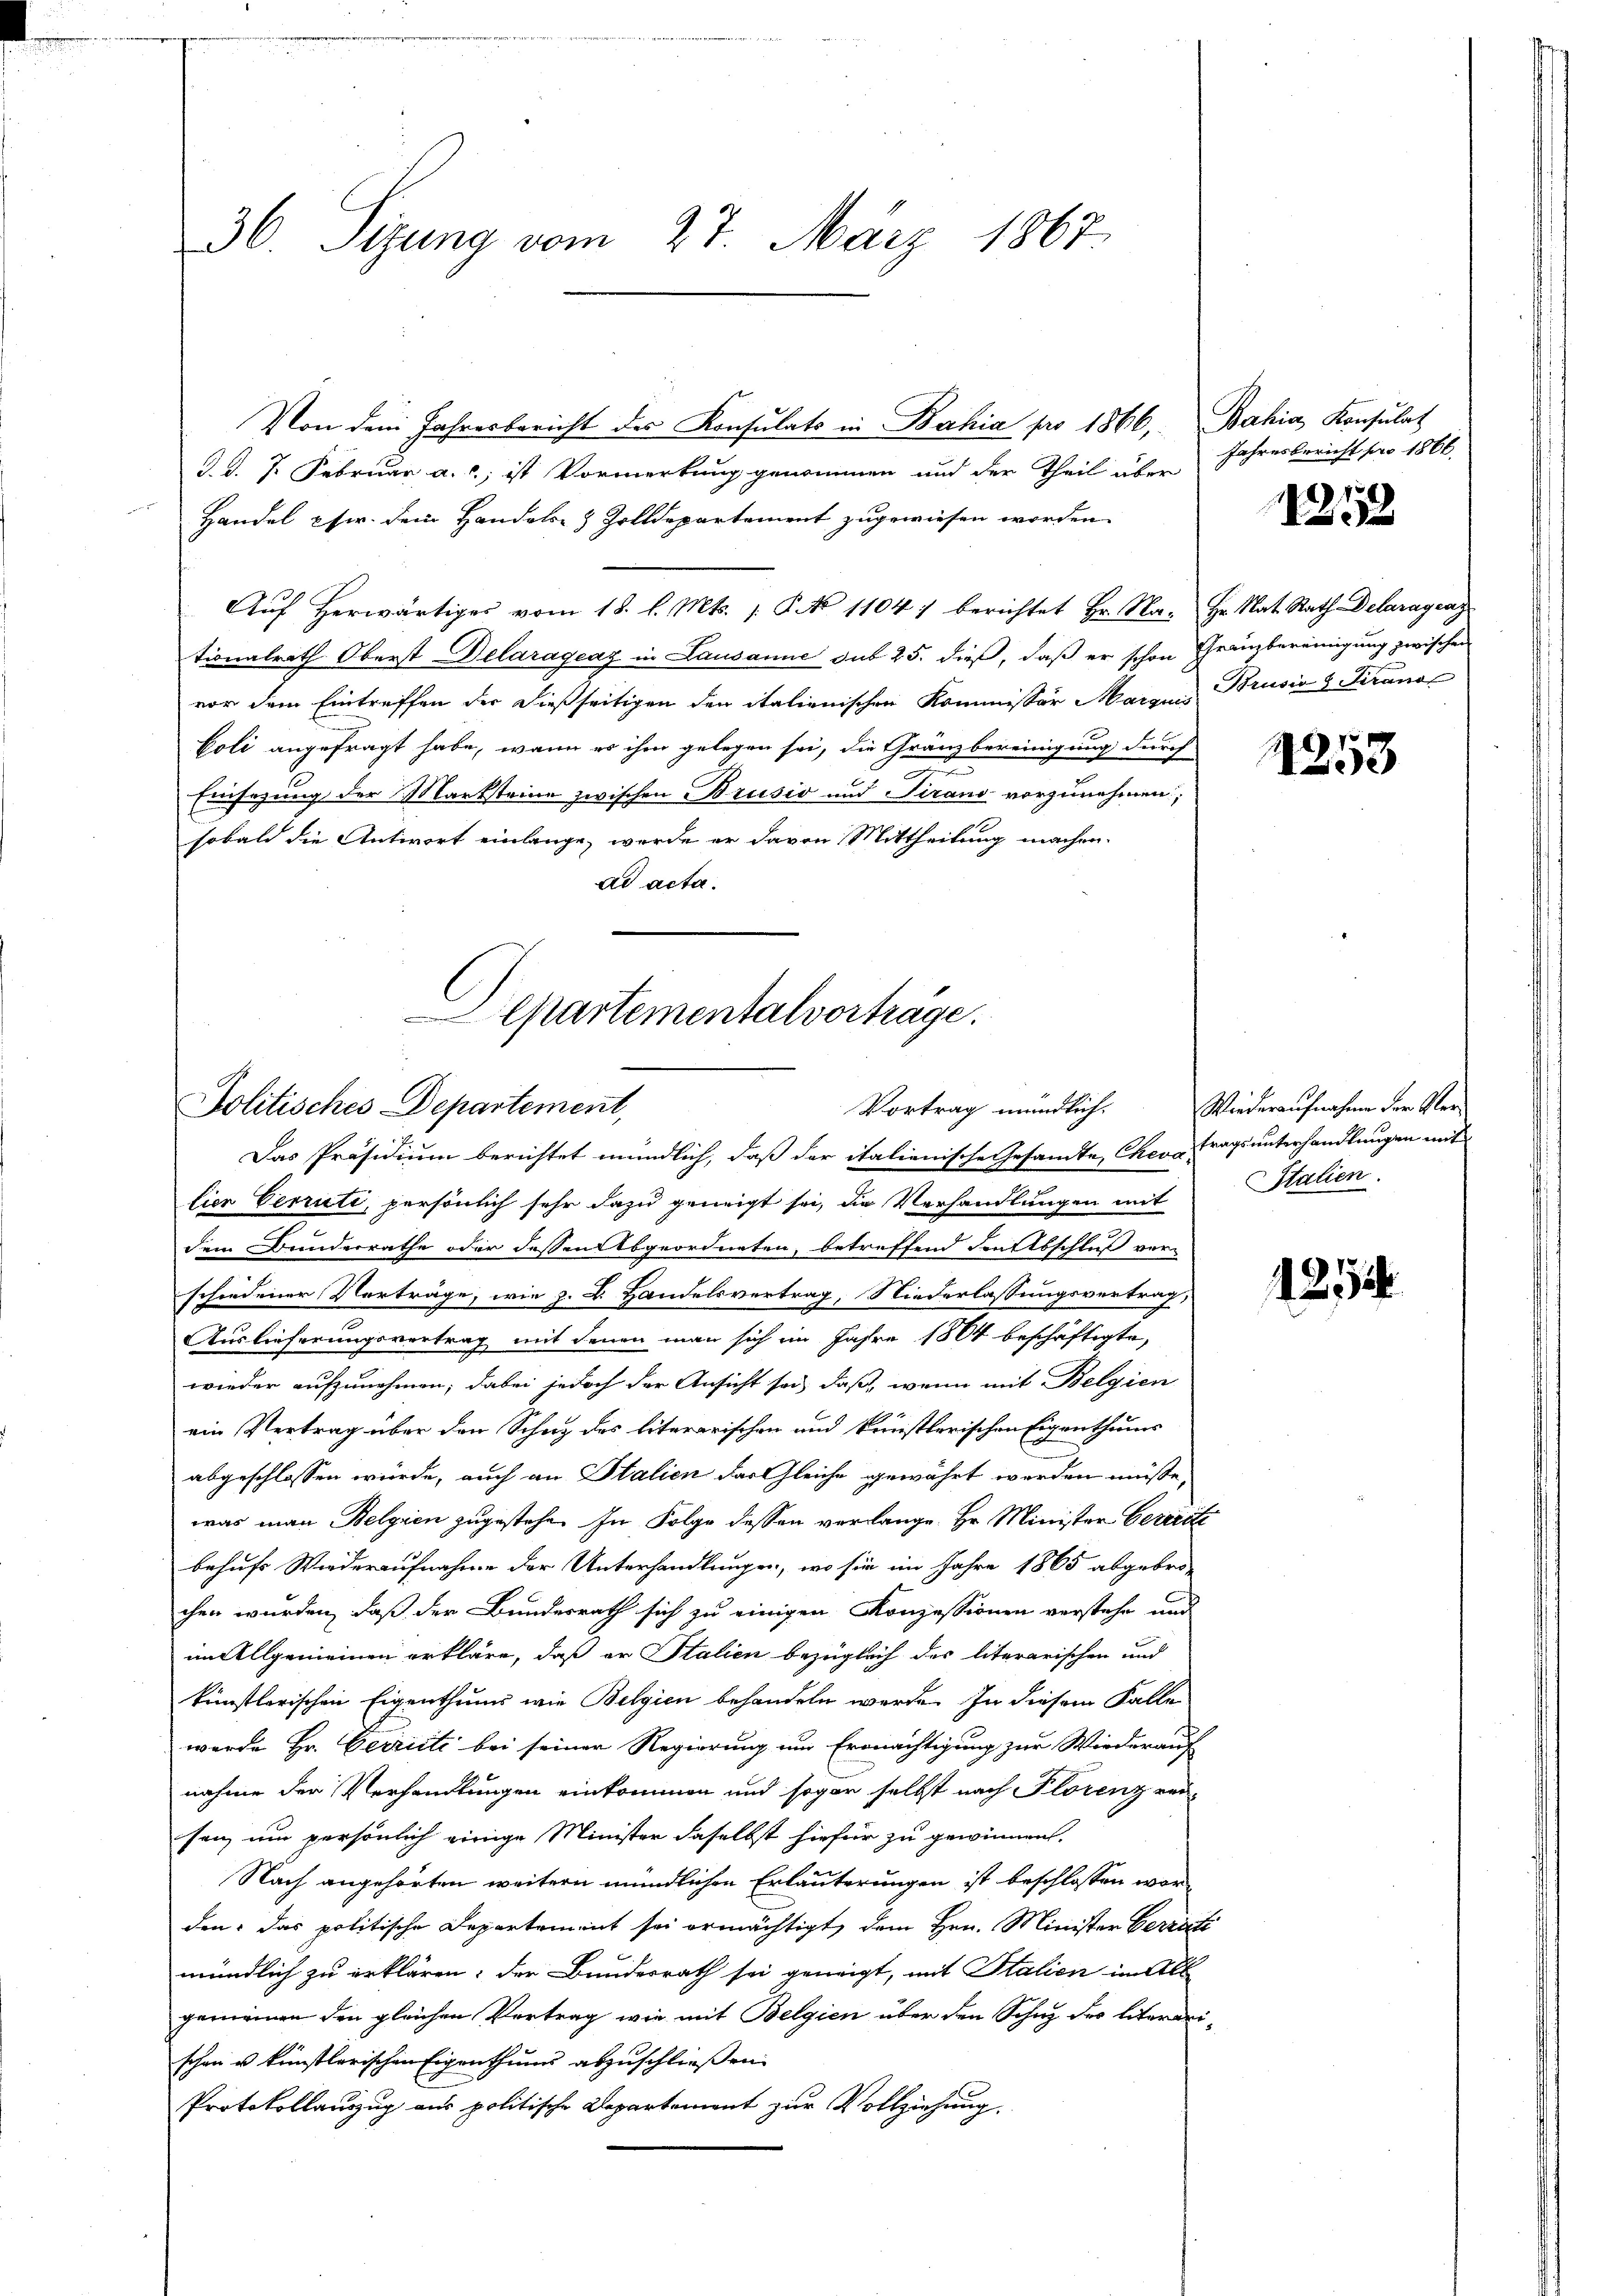
36. Sizung vom 27. März 1867.

d. d. 7. Februar a. ; ist Vormerkung genommen und der Theil über
Handel pfir. dem Handels- & Zolldepartement zugewiesen worden.
Aŭf herwärtiges vom 18. l. Mts. 1. P. No 1104 :/ berichtet Hr. Na- Hr. Nat. Rath Delaragraz
tionalrath Oberst Delaragraz in Lausanne sub 25. dieß, daß er schon Franzbereinigung zwischen
vor dem Eintreffen der dießseitigen der italienischen Kommissor Marquis Brusio 2 Tirano
Coli angefragt habe, wenn es ihm gelegen sei, die Gränzbereinigung durch

Einsezung der Marksteine zwischen Brusio und irand vorzunehmen;
sobald die Antwort einlange, werde er davon Mittheilung machen.
ad acta.

Von dem Jahresbericht des Konsulats in Bahia pro 1866, Bahia Konsulat

Departementalvorträge.
Politisches Departement,
Vortrag mündlich.

Das Präsidium berichtet mündlich, daß der italienische Gesamte Cherstragsunterhandlungen mit
lier Verrüti, persönlich sehr dazu geneigt sei, die Verhandlungen mit
dem Bunderrathe oder dessen Abgeordneten, betreffend den Abschluß verschiedener Vorträge, wie z. B. Handelsvertrag, Niederlassungsvertrag,
Auslieferungsvertrag mit denen man sich im Jahre 1804 beschäftigte,
wieder aufzunehmen; dabei jedoch der Ansicht sei, daß, wenn mit Belgien
ein Vertrag über den Schutz des literarischen und künstlerischen Eigenthums
abgeschlossen würde, auch an Stalien das leiche gewährt werden müsse.
was man Belgien zugestehen In Folge dessen verlange Hr. Minister Cererste
behufs Wiederaufnahme der Unterhandlungen, wo sie im Jahre 1865 abgebro-
chen wurden, daß der Bundesrath sich zu einigen Konzessionen verstehe und
im Allgemeinen erkläre, daß er Italien bezüglich des literarischen und
künstlerischen Eigenthums wie Belgien behandeln werde. In diesem Falle
werde Hr. Cerrite bei seiner Regierung um Ermächtigung zur Wiederauf
nahme der Verhandlungen einkommen und sogar selbst nach Florenz ver-
sen, um persönlich einige Minister daselbst hiefür zu gewinnen.
Nach angehörten weitern mündlichen Erläuterungen ist beschlossen wor
den: das politische Departement sei ermächtigt, dem Hrn. Minister Verräti
mündlich zu erklären: der Bundesrath sei geneigt, mit Italien im All
gemeinen den gleichen Vortrag wie mit Belgien über den Schuz des Literari-
schen u künstlerischen Eigenthums abzuschließen.
Protokollauszug aus politische Departement zur Vollziehung.

Jahresbericht pro 1866.

1252

1253

Wiederaufnahme der Ver¬
Italien.

1254